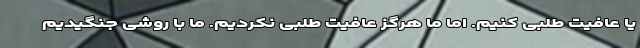
یا عافیت طلبی کنیم. اما ما هرگز عافیت طلبی نکردیم. ما با روشی جنگیدیم